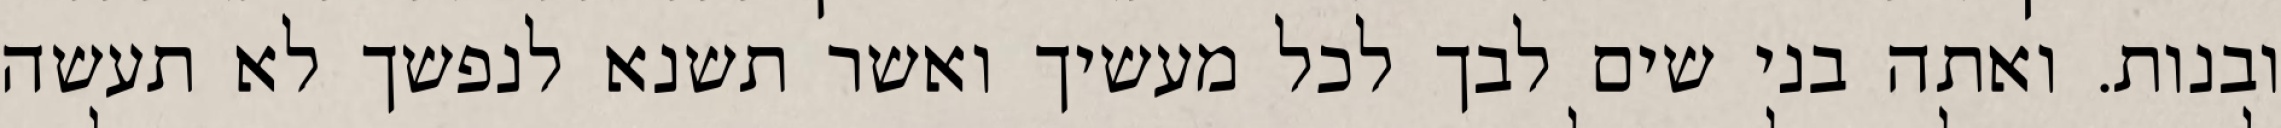
ובנות. ואתה בני שים לבך לכל מעשיך ואשר תשנא לנפשך לא תעשה